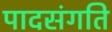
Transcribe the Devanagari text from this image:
पादसंगति